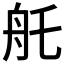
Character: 𦨎